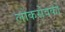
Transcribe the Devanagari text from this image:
लोकसेवको